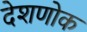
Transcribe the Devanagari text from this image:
देशणोक